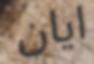
ايان